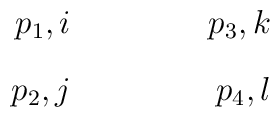
\vcenter to.76in{\special{em: graph 4.pcx}\vss\hbox to 1in{\llap{$p_1,i$}\hss$p_3,k$}\vss\hbox to 1in{\llap{$p_2,j$}\hss$p_4,l$}\vss}